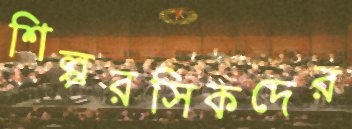
শিল্পরসিকদের